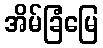
အိမ်ခြံမြေ